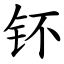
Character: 钚